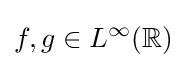
f,g\in L^{\infty }(\mathbb {R} )